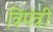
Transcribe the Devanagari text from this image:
त्रिमंत्री